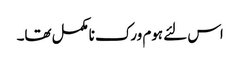
اس لئے ہوم ورک نامکمل تھا۔